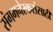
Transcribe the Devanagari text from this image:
संगमनेरकरांसाठी